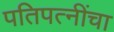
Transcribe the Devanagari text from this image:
पतिपत्‍नींचा